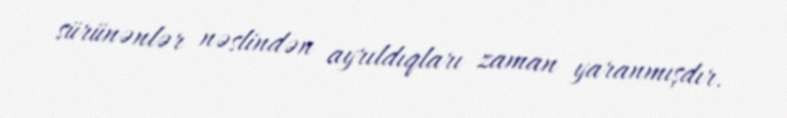
sürünənlər nəslindən ayrıldıqları zaman yaranmışdır.